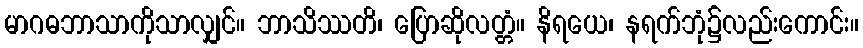
မာဂဓဘာသာကိုသာလျှင်။ ဘာသိဿတိ၊ ပြောဆိုလတ္တံ။ နိရယေ၊ နရက်ဘုံ၌လည်းကောင်း။